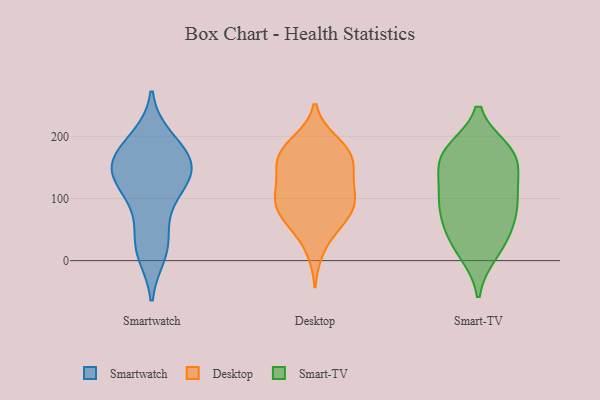
{"axis": {"x": "Backlog", "y": "Value"}, "legend": ["Desktop", "Smart-TV", "Smartwatch"], "data": [{"x": "", "y": 11, "type": "Smartwatch"}, {"x": "", "y": 130, "type": "Smartwatch"}, {"x": "", "y": 109, "type": "Smartwatch"}, {"x": "", "y": 141, "type": "Smartwatch"}, {"x": "", "y": 161, "type": "Smartwatch"}, {"x": "", "y": 21, "type": "Smartwatch"}, {"x": "", "y": 157, "type": "Smartwatch"}, {"x": "", "y": 197, "type": "Smartwatch"}, {"x": "", "y": 166, "type": "Smartwatch"}, {"x": "", "y": 32, "type": "Smartwatch"}, {"x": "", "y": 80, "type": "Smartwatch"}, {"x": "", "y": 151, "type": "Smartwatch"}, {"x": "", "y": 189, "type": "Smartwatch"}, {"x": "", "y": 127, "type": "Smartwatch"}, {"x": "", "y": 193, "type": "Desktop"}, {"x": "", "y": 77, "type": "Desktop"}, {"x": "", "y": 108, "type": "Desktop"}, {"x": "", "y": 71, "type": "Desktop"}, {"x": "", "y": 164, "type": "Desktop"}, {"x": "", "y": 80, "type": "Desktop"}, {"x": "", "y": 16, "type": "Desktop"}, {"x": "", "y": 177, "type": "Desktop"}, {"x": "", "y": 158, "type": "Desktop"}, {"x": "", "y": 141, "type": "Desktop"}, {"x": "", "y": 92, "type": "Desktop"}, {"x": "", "y": 62, "type": "Desktop"}, {"x": "", "y": 169, "type": "Desktop"}, {"x": "", "y": 52, "type": "Desktop"}, {"x": "", "y": 113, "type": "Desktop"}, {"x": "", "y": 163, "type": "Desktop"}, {"x": "", "y": 139, "type": "Desktop"}, {"x": "", "y": 193, "type": "Desktop"}, {"x": "", "y": 107, "type": "Desktop"}, {"x": "", "y": 106, "type": "Desktop"}, {"x": "", "y": 14, "type": "Smart-TV"}, {"x": "", "y": 143, "type": "Smart-TV"}, {"x": "", "y": 158, "type": "Smart-TV"}, {"x": "", "y": 176, "type": "Smart-TV"}, {"x": "", "y": 102, "type": "Smart-TV"}, {"x": "", "y": 178, "type": "Smart-TV"}, {"x": "", "y": 103, "type": "Smart-TV"}, {"x": "", "y": 42, "type": "Smart-TV"}, {"x": "", "y": 97, "type": "Smart-TV"}, {"x": "", "y": 101, "type": "Smart-TV"}, {"x": "", "y": 141, "type": "Smart-TV"}, {"x": "", "y": 66, "type": "Smart-TV"}, {"x": "", "y": 66, "type": "Smart-TV"}, {"x": "", "y": 175, "type": "Smart-TV"}, {"x": "", "y": 11, "type": "Smart-TV"}, {"x": "", "y": 47, "type": "Smart-TV"}, {"x": "", "y": 176, "type": "Smart-TV"}]}